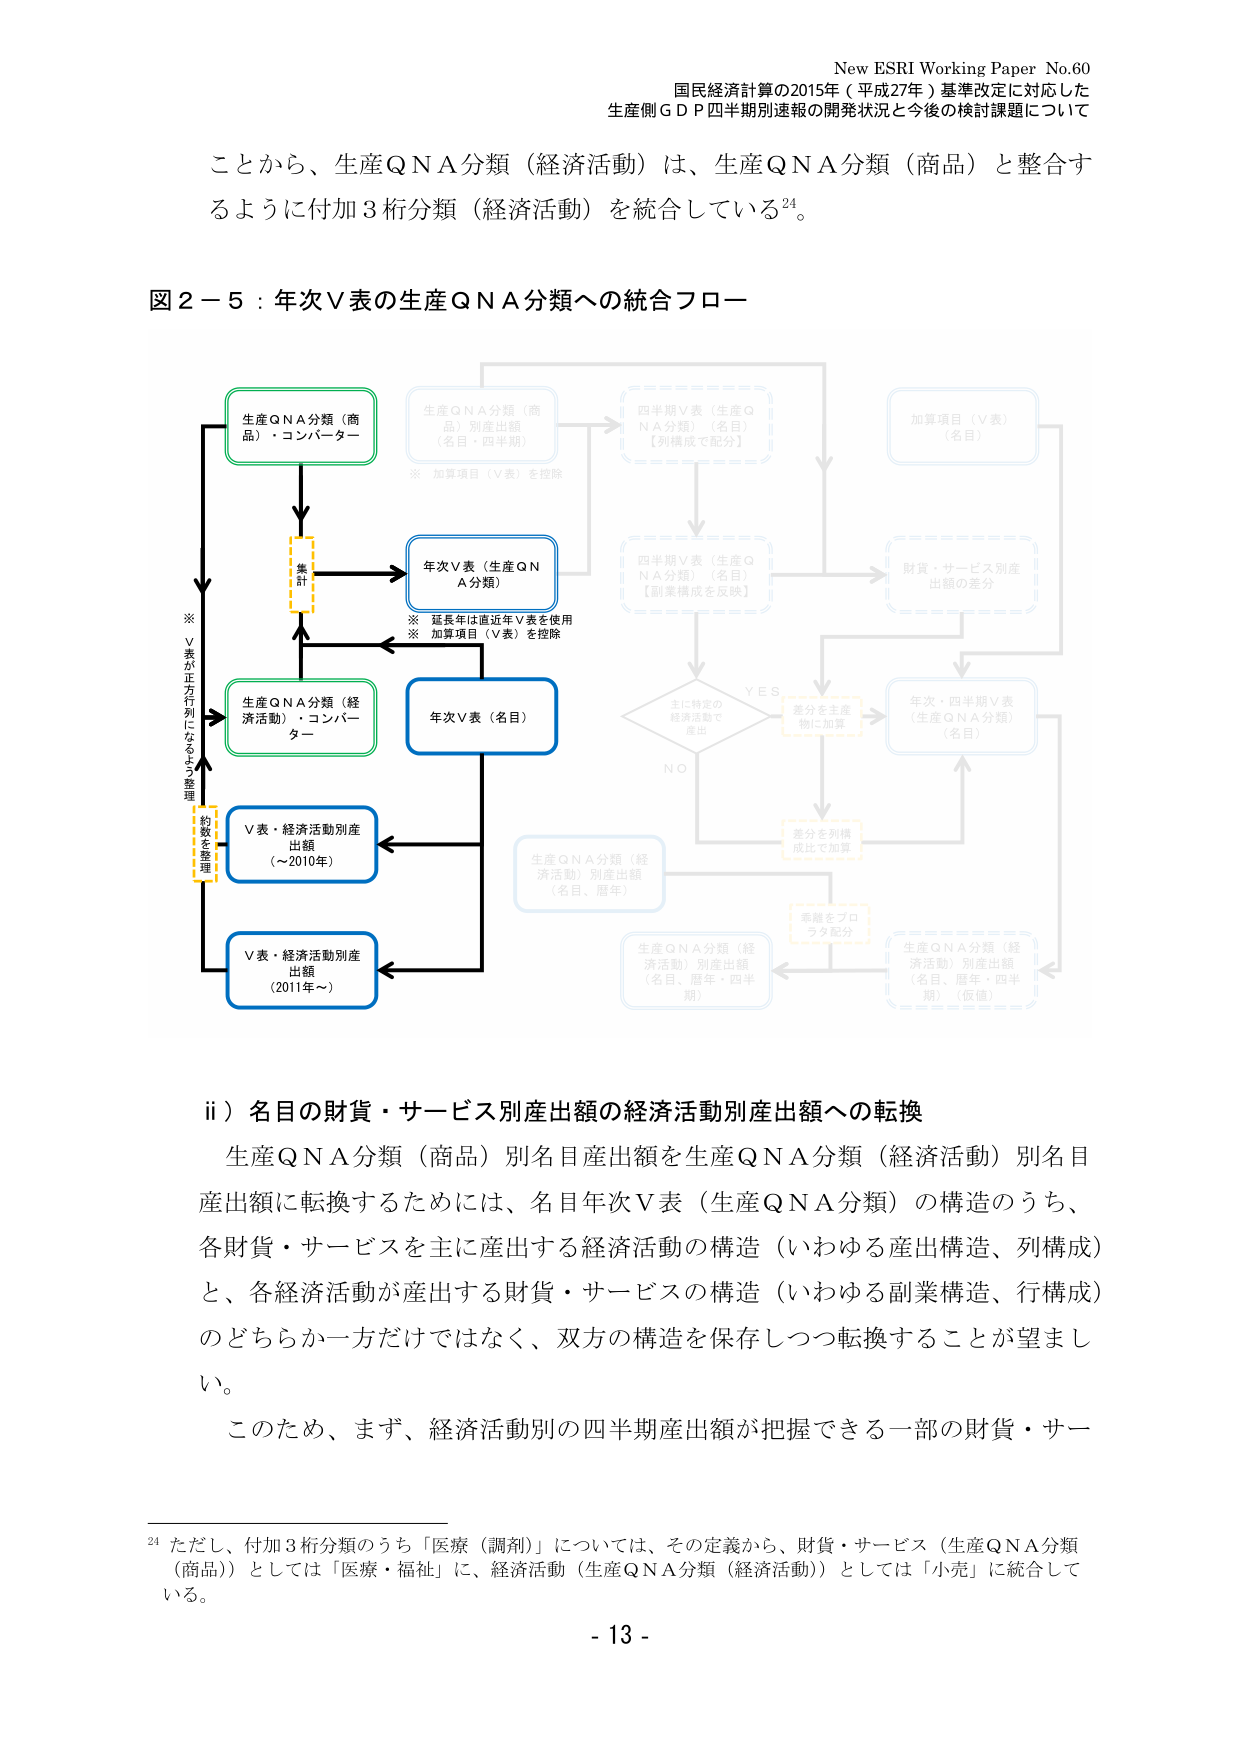
New ESRI Working Paper No.60
国民経済計算の2015年（平成27年）基準改定に対応した
生産側ＧＤＰ四半期別速報の開発状況と今後の検討課題について

ことから、生産ＱＮＡ分類（経済活動）は、生産ＱＮＡ分類（商品）と整合するように付加３桁分類（経済活動）を統合している²⁴。

図２－５：年次Ｖ表の生産ＱＮＡ分類への統合フロー

生産ＱＮＡ分類（商品）・コンバーター
↓
集計
↓
生産ＱＮＡ分類（経済活動）・コンバーター
↓
Ｖ表・経済活動別産出額（～2010年）
↓
Ｖ表・経済活動別産出額（2011年～）

※ Ｖ表が正方行列になるよう整理
※ 約数を整理

年次Ｖ表（生産ＱＮＡ分類）
※ 延長年は直近年Ｖ表を使用
※ 加算項目（Ｖ表）を控除

年次Ｖ表（名目）

生産ＱＮＡ分類（商品）別産出額（名目・四半期）
※ 加算項目（Ｖ表）を控除

四半期Ｖ表（生産ＱＮＡ分類）（名目）【別構成で配分】
↓
四半期Ｖ表（生産ＱＮＡ分類）（名目）【副業構成を反映】
↓
主に特定の経済活動で産出
YES → 部分を主産物に加算
NO → 部分を別構成比で加算
↓
年次・四半期Ｖ表（生産ＱＮＡ分類）（名目）
↓
財貨・サービス別産出額の差分
↓
加算項目（Ｖ表）（名目）

生産ＱＮＡ分類（経済活動）別産出額（名目、暦年）
← 手順をプロクタ配分
← 生産ＱＮＡ分類（経済活動）別産出額（名目、暦年・四半期）（仮値）

ii）名目の財貨・サービス別産出額の経済活動別産出額への転換

生産ＱＮＡ分類（商品）別名目産出額を生産ＱＮＡ分類（経済活動）別名目産出額に転換するためには、名目年次Ｖ表（生産ＱＮＡ分類）の構造のうち、各財貨・サービスを主に産出する経済活動の構造（いわゆる産出構造、列構成）と、各経済活動が産出する財貨・サービスの構造（いわゆる副業構造、行構成）のどちらか一方だけではなく、双方の構造を保存しつつ転換することが望ましい。

このため、まず、経済活動別の四半期産出額が把握できる一部の財貨・サー

²⁴ ただし、付加３桁分類のうち「医療（調剤）」については、その定義から、財貨・サービス（生産ＱＮＡ分類（商品））としては「医療・福祉」に、経済活動（生産ＱＮＡ分類（経済活動））としては「小売」に統合している。

- 13 -